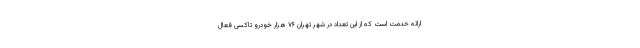
ارائه خدمت است که از این تعداد در شهر تهران ۷۶ هزار خودرو تاکسی فعال